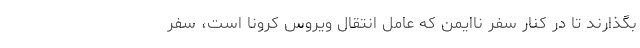
بگذارند تا در کنار سفر ناایمن که عامل انتقال ویروس کرونا است، سفر